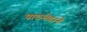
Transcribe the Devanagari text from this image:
पाठभेदाने